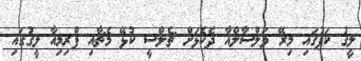
ލީގު ކަޕުގައި މިރޭ ވަލްސާލްއާ ދެކޮޅަށް ޗެލްސީ ކުޅޭ މެޗާއި ޕްރިމިއާ ލީގުގައި